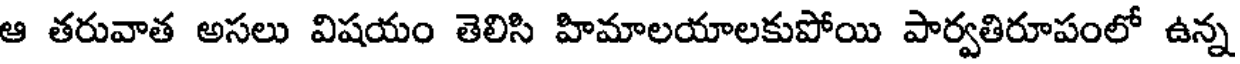
ఆ తరువాత అసలు విషయం తెలిసి హిమాలయాలకుపోయి పార్వతిరూపంలో ఉన్న